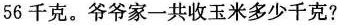
56千克。爷爷家一共收玉米多少千克?